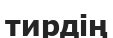
тирдің